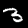
Digit: 3